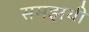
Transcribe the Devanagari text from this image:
समझथी